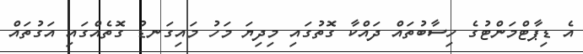
އެ ޑިޕާޓްމަންޓުގެ ހިސާބުތައް ދައްކާ ގޮތުގައި މިދިޔަ މަހު މައިގަނޑު ގޮތެއްގައި އަގުތައް